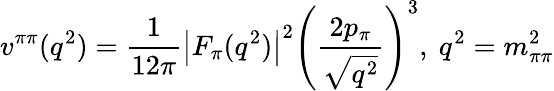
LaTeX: v^{\pi\pi}(q^{2})=\frac{1}{12\pi}\left|F_{\pi}(q^{2})\right|^{2}\left(\frac{2p_{\pi}}{\sqrt{q^{2}}}\right)^{3},~q^{2}=m_{\pi\pi}^{2}